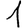
Digit: 1